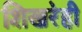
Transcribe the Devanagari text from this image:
शिखरेही